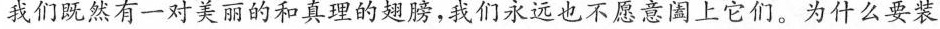
我们既然有一对美丽的和真理的翅膀，我们永远也不愿意阖上它们。为什么要装